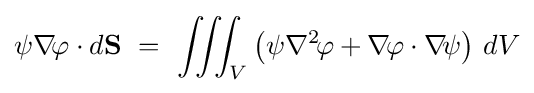
\psi \nabla \!\varphi \cdot d\mathbf {S} \ =\ \iiint _{V}\left(\psi \nabla ^{2}\!\varphi +\nabla \!\varphi \cdot \nabla \!\psi \right)\,dV